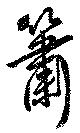
簫